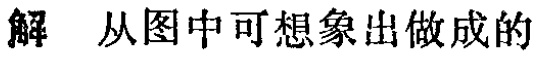
解 从图中可想象出做成的